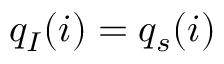
q _ { I } ( i ) = q _ { s } ( i )